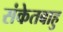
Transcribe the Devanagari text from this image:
संकेतबाहु